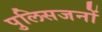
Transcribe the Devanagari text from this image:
पुलिसजनों